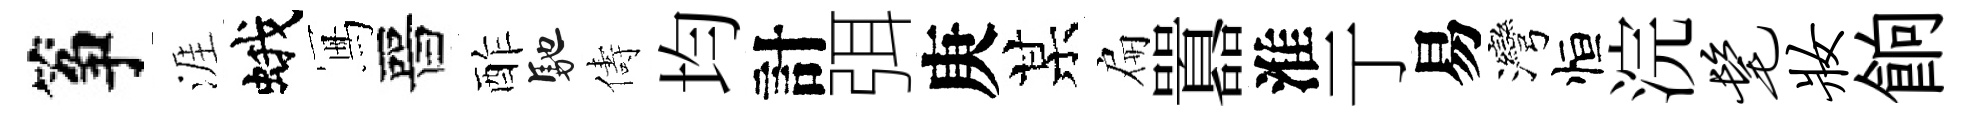
筝涯蛾冩晉酢馳儔均計弭庚某扁囂淮亍易灣恒浣髦妆餉